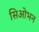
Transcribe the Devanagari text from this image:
सिओभन